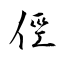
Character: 俓